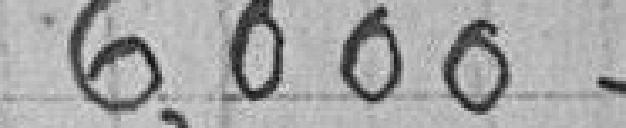
6,000